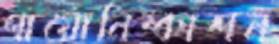
পায়োনিষ্কাশন